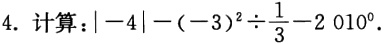
计算：\(\vert -4\vert - (-3)^{2} \div \frac{1}{3} - 2010^{0}\)